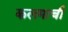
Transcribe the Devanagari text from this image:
कलमाची